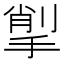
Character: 揱